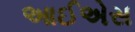
આઈએસ